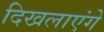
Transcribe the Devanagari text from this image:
दिखलाएंगे